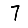
Digit: 7